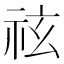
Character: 𥙆